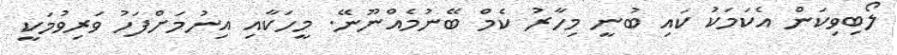
ލޯބިވިކަން އެކަމަކު ކައި ބުނީ މިހާރު ކެމް ބޭނުމެއްނޫނޭ. މީހަކާއި އިނުމަށްފަހު ވަރިވުމަކީ